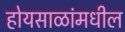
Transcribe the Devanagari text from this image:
होयसाळांमधील